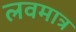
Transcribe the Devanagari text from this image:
लवमात्र